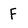
Character: F